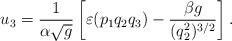
LaTeX: \begin{align*}u_3=\frac{1}{\alpha\sqrt{g}}\left[\varepsilon(p_1q_2q_3)-\frac{\beta g}{(q_2^2)^{3/2}}\right].\end{align*}